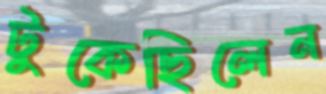
টুকেছিলেন